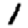
Digit: 1